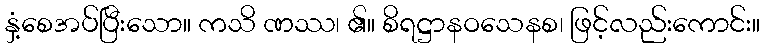
နှံ့စေအပ်ပြီးသော။ ကသိ ဏဿ၊ ၏။ စိရဋ္ဌာနဝသေနစ၊ ဖြင့်လည်းကောင်း။